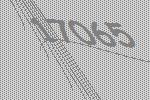
17065